system: You are a helpful assistant.
user:
Analyze the provided spectrum to determine if it is a **Carbon Star (C-type)**.

- **Key Visual Indicators of Carbon Star:**
    - **(Primary):** Strong molecular absorption from **C₂ (diatomic carbon) "Swan Bands."** This is the **defining feature** of a carbon star.
        - **(Key Bandheads):** Sharp absorption edges are visible at approximately $5635$ Å, $5165$ Å (the strongest band), and $4737$ Å.
        - **(Line Profile):** Creates a distinct **"saw-tooth"** pattern. The key morphology is a sharp, steep bandhead on the **red (long-wavelength) side**, which then gradually tapers off (i.e., flux recovers) towards the **blue (short-wavelength) side**. *(This is the direct opposite of the TiO bands seen in M-type stars)*.

    - **(Secondary):** Intense **CN (cyanogen)** molecular absorption bands.
        - **(Key Bandheads):** Located in the blue and violet regions of the spectrum (e.g., near $4215$ Å and $3883$ Å).
        - **(Morphology):** These bands are extremely broad and act as a "blanket," absorbing the vast majority of blue and violet light. This creates a characteristic **"cliff"** or **"steep drop-off"** in the spectrum's flux at short wavelengths.

    - **(Key Confirmation):** Strong **CH absorption band (G-band)**.
        - **(Key Bandhead):** Located around $4300$ Å. The contribution from CH molecules to this band is exceptionally strong.

    - **(Overall Spectrum):**
        - The continuum is severely "chopped up" by these deep molecular bands, especially C₂, rather than appearing as a smooth curve.
        - Due to the heavy CN and C₂ absorption in the blue-green, the vast majority of the star's flux is concentrated in the red part of the spectrum, giving the star its characteristic deep red color.

Think first, call **spectral_visualization_tool** if needed to examine features in detail, then provide your final answer. Your response must adhere to the following strict rules:
1.  **Overall Structure:** Your response must follow the format `<think>...</think> <tool_call>...</tool_call> (if a tool is used) <answer>...</answer>`.
2.  **Tool Usage Constraint:** You may only make **one** tool call per turn.
3.  **Final Answer Format:** In the `<answer>` tag, your conclusion must be inside a `\boxed{}` command (e.g., `\boxed{YES}`), followed by your justification.

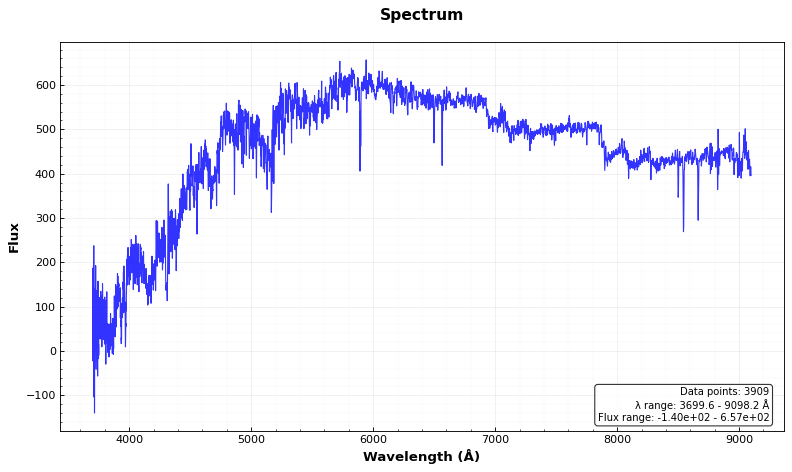
Answer: YES